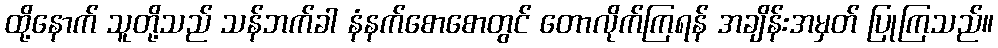
ထို့နောက် သူတို့သည် သန်ဘက်ခါ နံနက်စောစောတွင် တောလိုက်ကြရန် အချိန်းအမှတ် ပြုကြသည်။